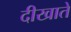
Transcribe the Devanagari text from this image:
दीखाते